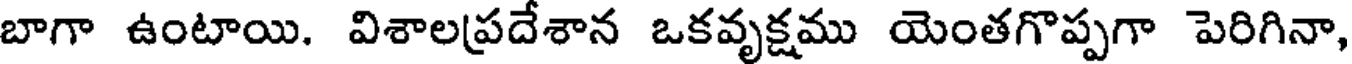
బాగా ఉంటాయి. విశాలప్రదేశాన ఒకవృక్షము యెంతగొప్పగా పెరిగినా,